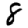
Digit: 8